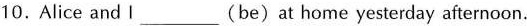
10.Alice and I ___ (be)at home yesterday afternoon.